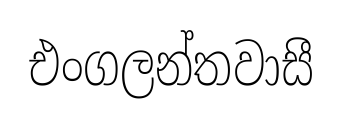
එංගලන්තවාසී